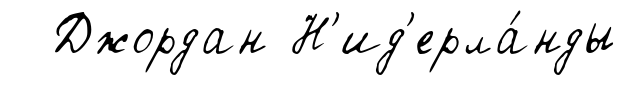
Джордан Н'ид'ерла́нды